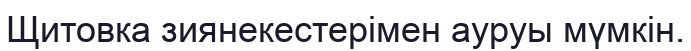
Щитовка зиянекестерімен ауруы мүмкін.